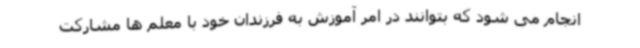
انجام می شود که بتوانند در امر آموزش به فرزندان خود با معلم ها مشارکت